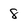
Character: 8